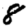
Digit: 8